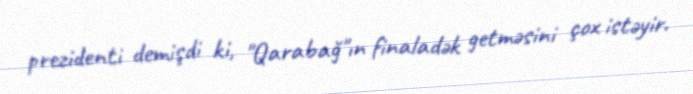
prezidenti demişdi ki, "Qarabağ"ın finaladək getməsini çox istəyir.